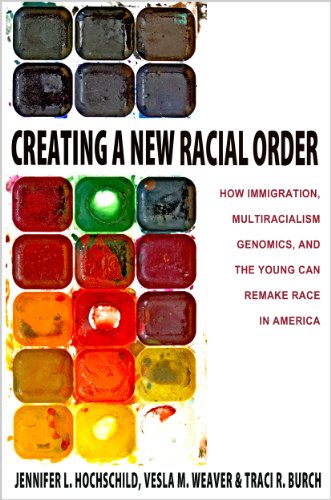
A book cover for Creating a New Racial Order: How Immigration, Multiracialism, Genomics, and the Young Can Remake Race in America; Jennifer L. Hochschild; History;